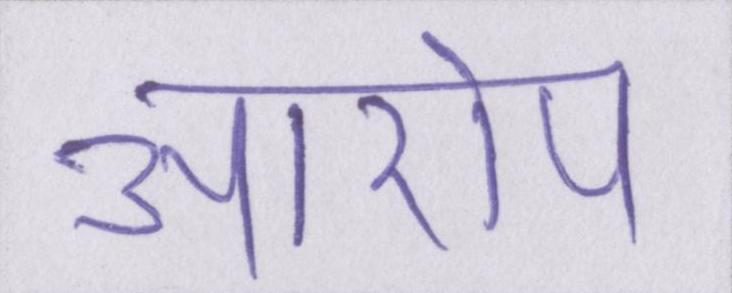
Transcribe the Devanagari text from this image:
आरोप